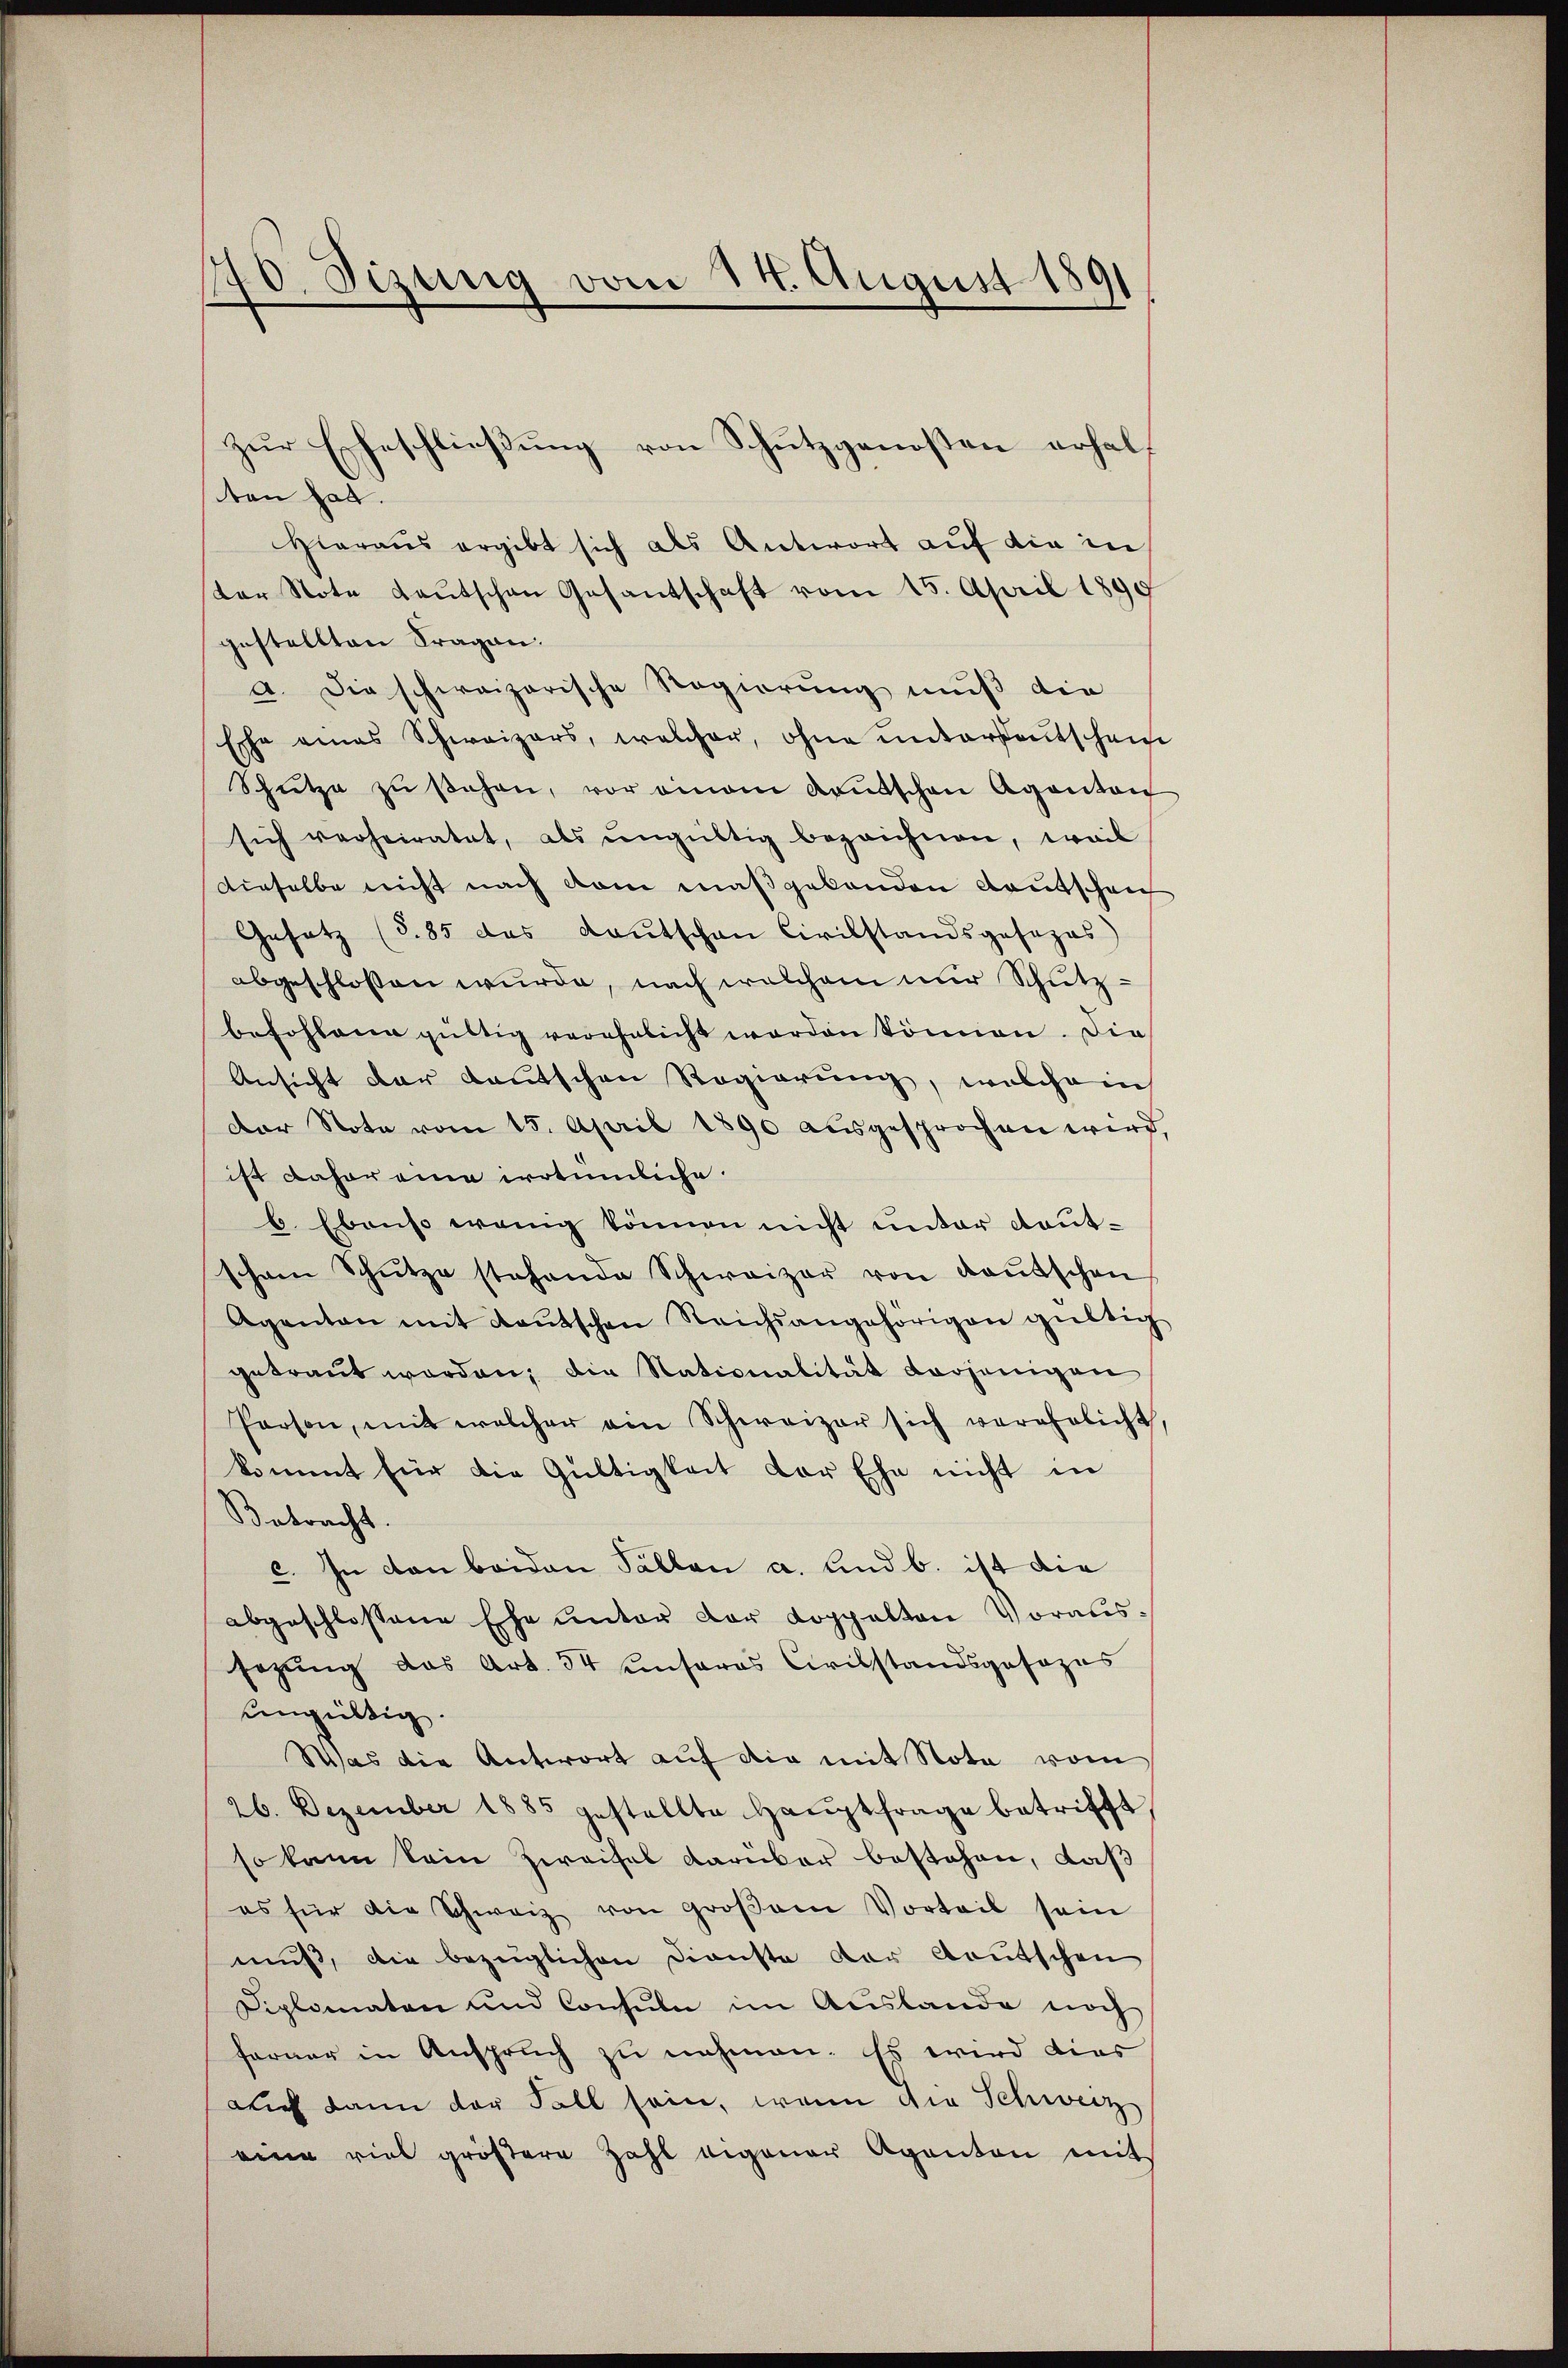
0. Sizung vom 14. August 1891
e

ten hat.
Hieraus ergibt sich als Antwort auf die in
der Note Laŭtschen Gesantschaft vom 15. April 1899
gestellten Fragen.
a. Die schweizerische Regierung muß die
Esche eines Schweizers, welcher, ohne untersautschause
Schütze zŭ sehen, vor einem Kantschen Aganton
sich verheiratet, als ŭngültig bezeichnen, weil
dieselbe nicht nach dem maßgebenden Kautschen
Gesetz (S. 85 das Laŭtschen Civilstandsgesezes)
abgeschlossen wurde, nach welchem nur Schutz-
befohlene gültig verehelicht worden können. Die
Ansicht der Kautschen Regierung, welchem
Der Note vom 15. April 1890 aŭsgesprochen wird
ist daher eine irrtümliche
6. Ebenso wenig können nicht unter Kautschon Schütze stehende Schweizer von Kaŭtschen
Agenten mit Raŭtschen Reichsangehörigen gültig
getraut worden; die Nationalität vorjenigen
Person, mit welcher ein Schweizer sich verehrlicht,
kommt für die Gültigkeit der Ehe nicht in
Betracht.
c. In den beiden Fällen a. und b. ist die
abgeschlossene Ehe unter der Koppelten Voraussezung das Art. 34 unseres Civilstandsgesezes
ungültig.
Was die Antwort auf die mit Nota vom
26. Dezember 1885 gestellte Haŭptfrage betrifft
so kann kein Zweifel darüber bestehen, daß
es für die Schweiz von groβen Vorteil sein
muß, die bezüglichen Dienste der deutschen
Diplomaten und Consula im Auslande noch
ferner in Anspruch zu nehmen. Es wird dies
auch dann der Fall sein, wenn die Schweiz
eine viel größere Zahl eigener Agenten mit

zur Eheschließung von Schutzgenoßen erhal¬